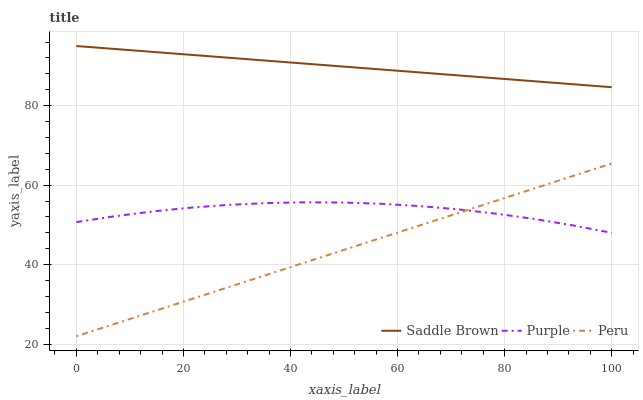
| xaxis_label | Saddle Brown | Purple | Peru |
 | --- | --- | --- | --- |
 | 0 | 95 | 50.7 | 22 |
 | 7.14 | 94.3 | 52.2 | 25.1 |
 | 14.3 | 93.5 | 53.4 | 28.2 |
 | 21.4 | 92.8 | 54.4 | 31.3 |
 | 28.6 | 92 | 55.1 | 34.4 |
 | 35.7 | 91.3 | 55.5 | 37.5 |
 | 42.9 | 90.6 | 55.7 | 40.6 |
 | 50 | 89.8 | 55.6 | 43.7 |
 | 57.1 | 89.1 | 55.3 | 46.8 |
 | 64.3 | 88.3 | 54.7 | 49.9 |
 | 71.4 | 87.6 | 53.9 | 53 |
 | 78.6 | 86.9 | 52.8 | 56.1 |
 | 85.7 | 86.1 | 51.5 | 59.3 |
 | 92.9 | 85.4 | 49.9 | 62.4 |
 | 100 | 84.6 | 48 | 65.5 |